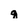
Character: q